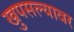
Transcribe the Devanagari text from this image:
खुपसल्यावर